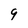
Character: 9